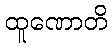
ထူဏောတိ